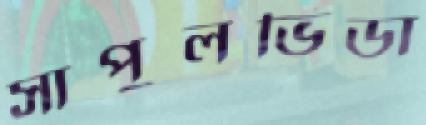
সাপুলভিডা